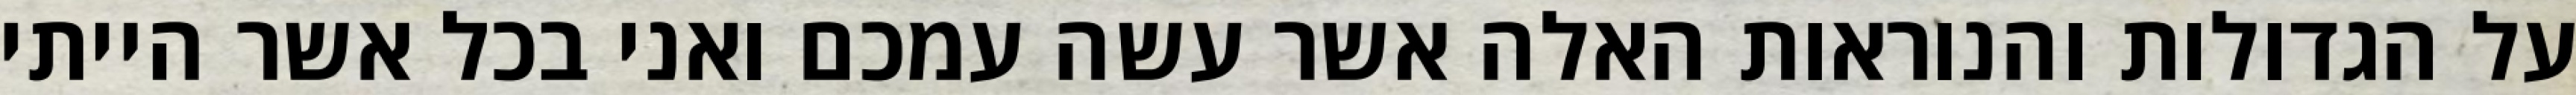
על הגדולות והנוראות האלה אשר עשה עמכם ואני בכל אשר הייתי